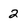
Character: 2